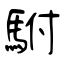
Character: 駙